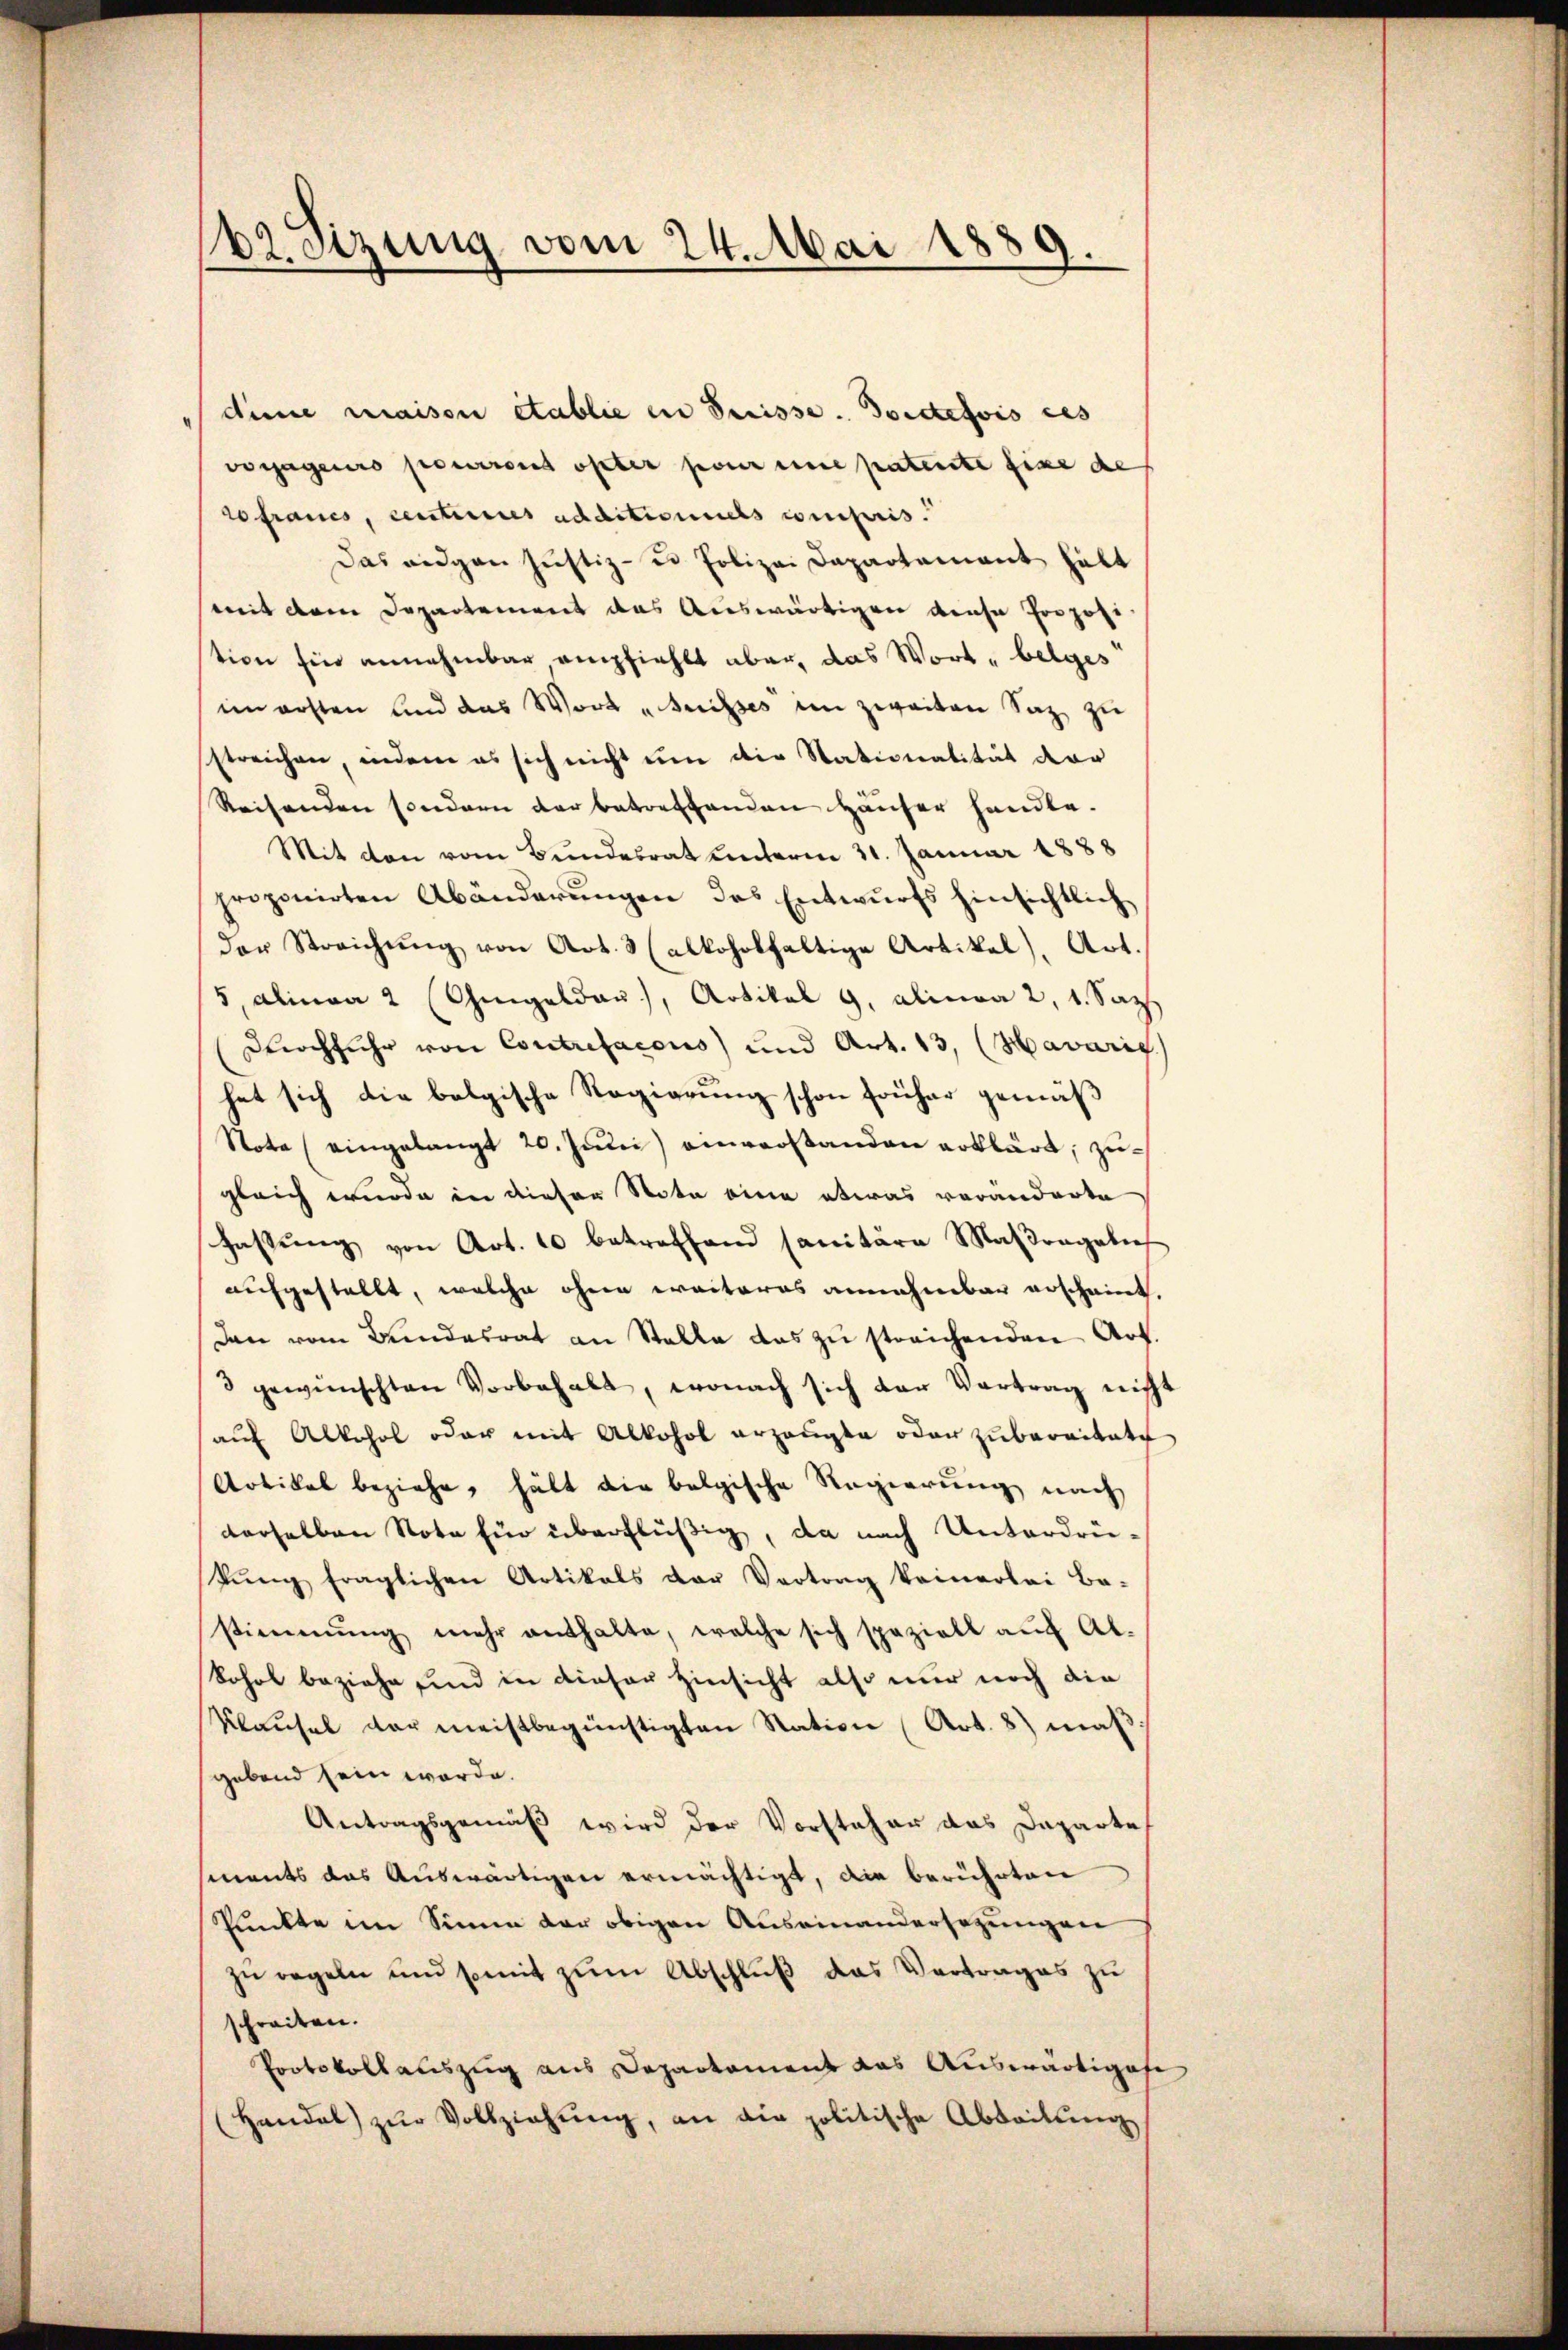
bzetzung vom 24. Mai 1889.

dinne maison établie in Suisse. Docttefois ces
verjageurs pourront opter pour eine patente fixe de
francs, centeres additionnels compris.
Das eidgen Justiz- u Polizei Dapartement hätt
mit dem Departement das Auswärtigen dense Propose
tion für annehmbar empfiehlt aber, das Wort belges
im ersten sind das Wort „Buisses im zweiten Satz zŭ
streichen, indem es sich nicht um die Nationalität der
Reisenden sondern der betreffenden Hauser handle.
Mit den vom Bundesrat unterm 31. Januar 1888
proponirten Abänderŭngen das Entwurfs hinsichtlich
der Streichŭng von Art. 3 (alkoholfaltige Artikel), Art.
5, Alinea 2 (Gugeldau, Artikel 9. Alinea 2, 1. Sat
Durchfuhr von Contrefacous) und Art. 13, (Havarig
het sich die belgische Regierung schon früher gemäß
Nota eingelangt 20. Juni einverstanden erklärt, zugleich wurde in dieser Nota eine etwas veränderte
hastŭng von Art. 10 betreffend sanitäre Maβragalie
aufgestellt, welche ohne weiteres annehmbar erscheint.
Den vom Bundesrat an Stelle das zu streichenden Art.
3 gewünschten Vorbehalt, wonach sich der Vortrag nicht
aŭf Alkohol oder mit Alkohol erzeugte oder zubereitete
Artikel beziehe, hält die belgische Regierung nach
derselben Note für überflüßig, da nach Unterdrükŭng fraglichen Artikals der Vortrag keinerlei Ba-
stimmung mehr enthalte, welche sich spaziell aŭf Ab-
Sohol beziehe sind in dieser Hinsicht also nur noch die
Klaŭsel der meistbegünstigten Station (Art. 8) maβ
gebend sein werde.
Antragsgemäß wird der Vorsteher das Departe
ments das Auswärtigen ermächtigt, die berührten
Punkte im Sinne der obigen Auseinandersezungen
zu regeln und somit zŭm Abschluß das Vertrages zu
schreiten.
Protokollauszug aus Departament das Auswärtigese
(Handel zŭr Vollziehŭng, an die politische Abdaitŭng